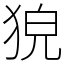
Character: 㹸